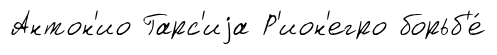
Антон'ио Гарс'иjа Р'ион'егро борьб'е́